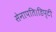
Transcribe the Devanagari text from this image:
सेनापति।डिप्टी